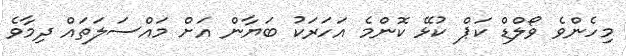
މިހެންވެ ވޯލްޑް ކަޕް ކުޅޭ ކޮންމެ އަހަރަކު ބަޔާން އަށް މައްސަލަތައް ދިމާވެ